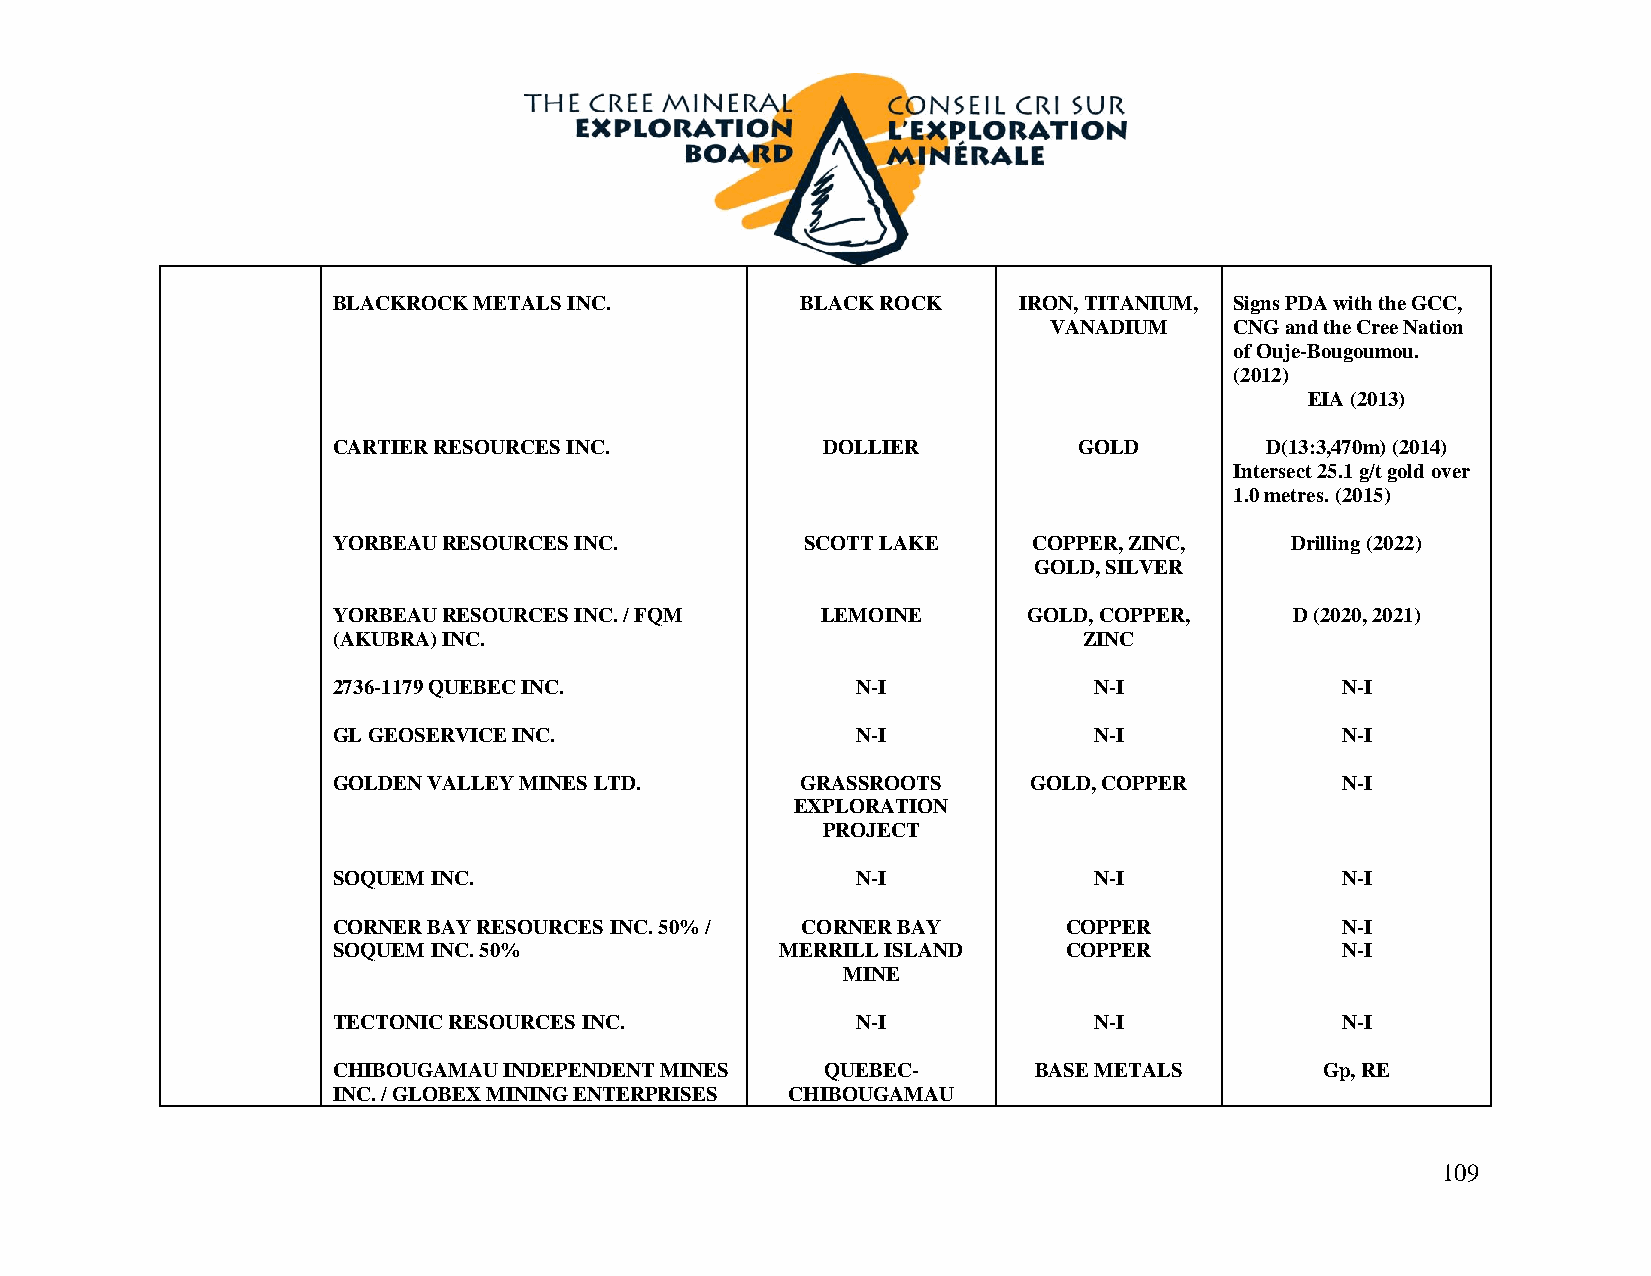
BLACKROCK METALS INC.          BLACK ROCK    IRON, TITANIUM, Signs PDA with the GCC,
 VANADIUM     CNG and the Cree Nation
 of Ouje-Bougoumou.
 (2012)
 EIA (2013)
 CARTIER RESOURCES INC.          DOLLIER          GOLD         D(13:3,470m) (2014)
 Intersect 25.1 g/t gold over
 1.0 metres. (2015)
 YORBEAU RESOURCES INC.         SCOTT LAKE     COPPER, ZINC,    Drilling (2022)
 GOLD, SILVER
 YORBEAU RESOURCES INC. / FQM    LEMOINE       GOLD, COPPER,     D (2020, 2021)
 (AKUBRA) INC.                                     ZINC
 2736-1179 QUEBEC INC.              N-I            N-I              N-I
 GL GEOSERVICE INC.                 N-I            N-I              N-I
 GOLDEN VALLEY MINES LTD.       GRASSROOTS     GOLD, COPPER         N-I
 EXPLORATION
 PROJECT
 SOQUEM INC.                        N-I            N-I              N-I
 CORNER BAY RESOURCES INC. 50% / CORNER BAY       COPPER            N-I
 SOQUEM INC. 50%               MERRILL ISLAND     COPPER            N-I
 MINE
 TECTONIC RESOURCES INC.            N-I            N-I              N-I
 CHIBOUGAMAU INDEPENDENT MINES    QUEBEC-      BASE METALS         Gp, RE
 INC. / GLOBEX MINING ENTERPRISES CHIBOUGAMAU
 109